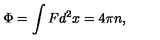
\Phi = \int F d ^ { 2 } x = 4 \pi n ,